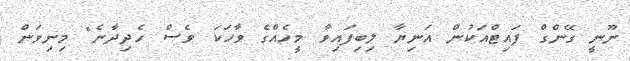
ނޫނީ ގޭންގް ފައިޓްއަކުން އަނިޔާ ލިބިފައިވާ މީހެއްގެ ވާހަކަ ވެސް ހެދިދާނެ" މިނިވަން